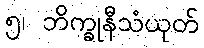
၅၊ ဘိက္ခုနီသံယုတ်